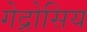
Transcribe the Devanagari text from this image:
गेद्रोसिय